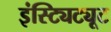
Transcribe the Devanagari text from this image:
इंस्ट्यिट्यूट